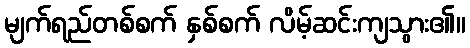
မျက်ရည်တစ်စက် နှစ်စက် လိမ့်ဆင်းကျသွား၏။